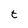
Character: t